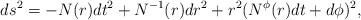
\begin{align*}ds^2=-N(r)dt^2+N^{-1}(r)dr^2+r^2(N^{\phi}(r)dt+d\phi)^2,\end{align*}